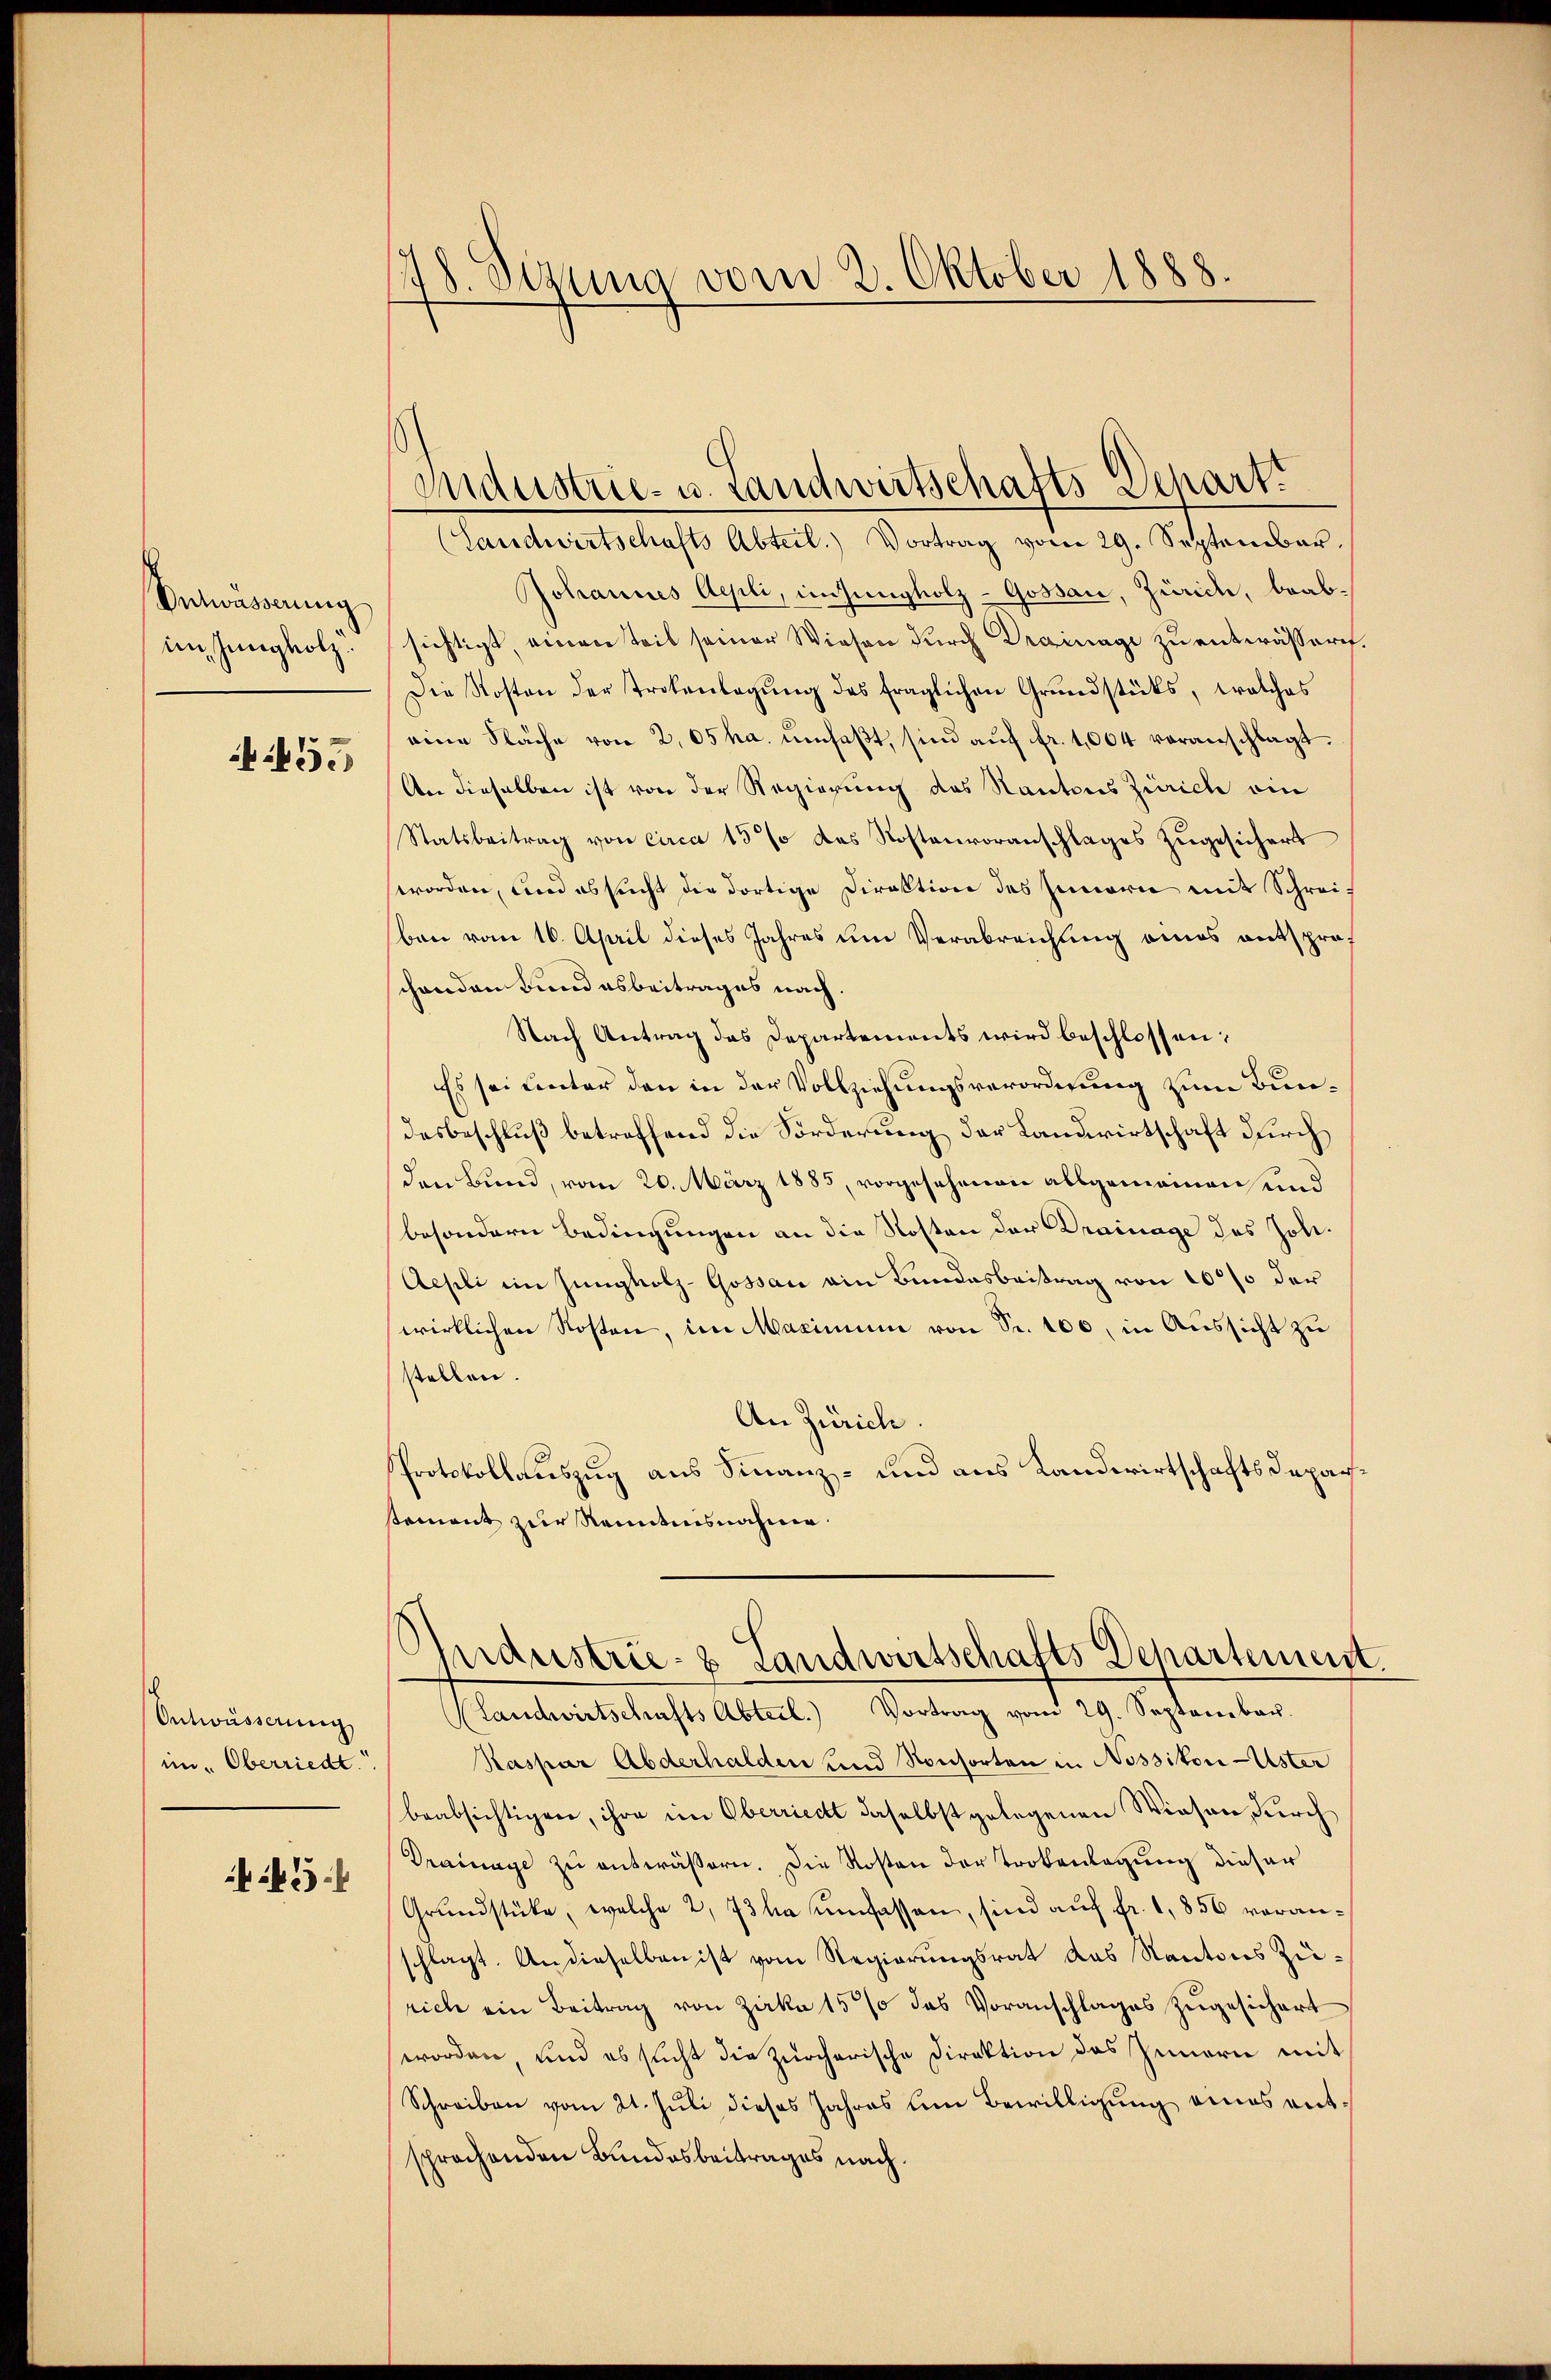
Entwässerung

55

Entwässerung
im Oberriedt

f 55 x

148. Jena vom 2. Oktober 1888.

(Landwirtschafts Abteil. Vortrag vom 29. September.
Johannes Aepli, insungholz-Gossau, Zürich, beabim Jungholz sichtigt, einen Teil seiner Wiesen durch Drainage zu entwässeret,
Die Kosten der Trotenlagung des fraglichen Grundstücks, welches
eine Fläche von 2,05 ha. ŭmfaßt, sind aŭf fr. 1004 veranschlagt.
An dieselben ist von der Regierung des Kantons Zürich ein
Statsbeitrag von circa 15% das Kostenvoranschlages zugesichert
worden, und es sucht die dortige Direktion des Innern mit Schreiben vom 16. April dieses Jahres um Verabreichung eines entsprochenden Bundesbeitrages nach.
Nach Antrag des Departements wird beschlossen:
Es sei unter den in der Vollziehungsverordnung zum Bundesbeschluß betreffend die Forderung der Landwirtschaft durch
den Bund, vom 20. März 1885, vorgesehenen allgemeinen und
besondern Bedingungen an die Kosten der Drainage des Joh.
Aepli im Jungholz-Gossau ein Bundesbeitrag von 10% der
wirklichen Kosten, im Maximum von Sr. 100, in Aussicht zu
stellen.
An Zürich.
Protokollauszug aus Finanz- und aus Landwirtschaftsdeparstement zur Kenntnisnahme.

Klandwirtschensts Abteil) Vortrag vom 29. September.
Kaspar Abderhalden und Konsorten in Nossiton Uster
beabsichtigen, ihre im Oberriedt daselbst gelegenen Wiesen, durch
Drainage zu entwässern. Die Kosten der Trokenlagung dieser
Grundstücke, welche 2, 73 ha umfassen, sind auf fr. 1856 voranschlagt. An dieselben ist vom Regierungsrat das Kantons Zürich ein Beitrag von Zirka 15% das Voranschlages zugesichert
worden, und es sucht die Zürcherische Direktion des Innern mit
Schreiben vom 21. Juli dieses Jahres um Bewilligung eines entsprochenden Bundesbeitrages nach.

Industrie- u. Landwirtschafts Depart.

Industrie- & Landwirtschafts Departement.